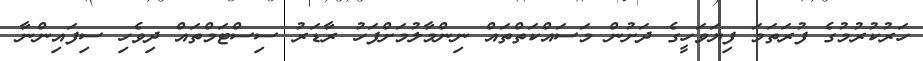
ހަރުކުރުމުގެ ފުރަތަމަ ފިޔަވަހީގެ ދަށުން މަސައްކަތްތައް ނިންމާލުމަށްފަހު ރާޑަރު ސިސްޓަމްތައް ދިވެހި ސިފައިންނާ